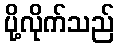
ပို့လိုက်သည်